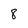
Character: 8